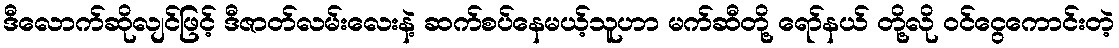
ဒီလောက်ဆိုလျင်ဖြင့် ဒီဇာတ်လမ်းလေးနဲ့ ဆက်စပ်နေမယ့်သူဟာ မက်ဆီတို့ ရော်နယ် တို့လို ဝင်ငွေကောင်းတဲ့